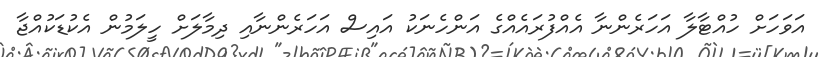
އަވަހަށް ހުއްޓާލާ އަހަރެންނާ އެއްފުރައެއްގެ އަންހެނަކު އައިސް އަހަރެންނާއި ދިމާލަށް ހީލަމުން އެކުޑަކުއްޖާ